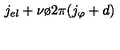
j _ { e l } + { { \nu \o { 2 \pi } } } ( j _ { \varphi } + d )